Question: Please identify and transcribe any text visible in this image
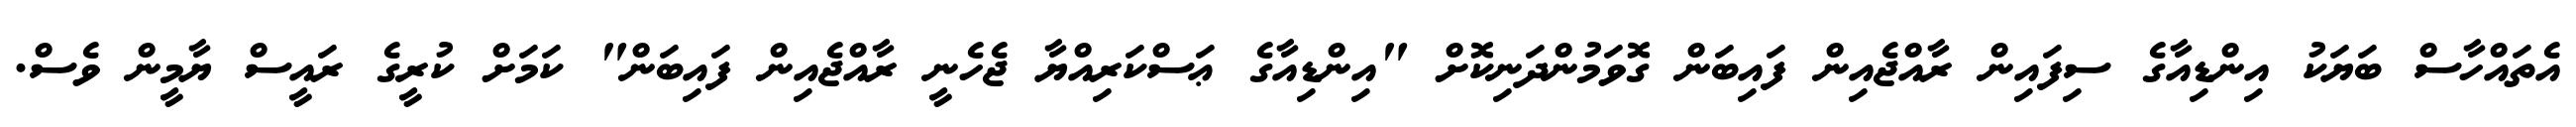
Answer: އެތައްހާސް ބަޔަކު އިންޑިއާގެ ސިފައިން ރާއްޖެއިން ފައިބަން ގޮވަމުންދަނިކޮށް "އިންޑިއާގެ ޢަސްކަރިއްޔާ ޖެހެނީ ރާއްޖެއިން ފައިބަން" ކަމަށް ކުރީގެ ރައީސް ޔާމީން ވެސް.